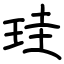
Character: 珪